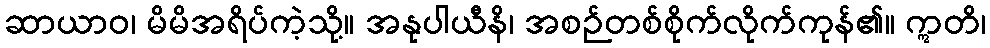
ဆာယာဝ၊ မိမိအရိပ်ကဲ့သို့။ အနုပါယီနိ၊ အစဉ်တစ်စိုက်လိုက်ကုန်၏။ ဣတိ၊